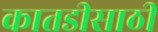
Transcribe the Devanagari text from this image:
कातडीसाठी